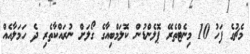
މެޗުގެ ފަހު 10 މިނެޓްތެރޭ ޕޮލެންޑުން ކޮލަމްބިއާގެ ގޯލަށް ނުރައްކާތެރި ދެ ހަމަލާއެއް